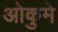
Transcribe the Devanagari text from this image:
ओकुमे